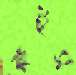
ক্ষইস